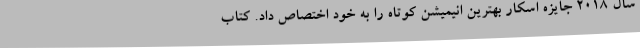
سال 2018 جایزه اسکار بهترین انیمیشن کوتاه را به خود اختصاص داد. کتاب